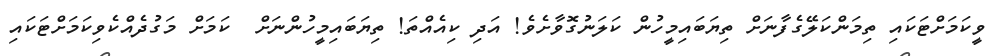
ވީކަމަށްޓަކައި ތިމަންކަލޭގެފާނަށް ތިޔަބައިމީހުން ކަލަނުގޮވާށެވެ! އަދި ކިއެއްތަ! ތިޔަބައިމީހުންނަށް  ކަމަށް މަގުދެއްކެވިކަމަށްޓަކައި